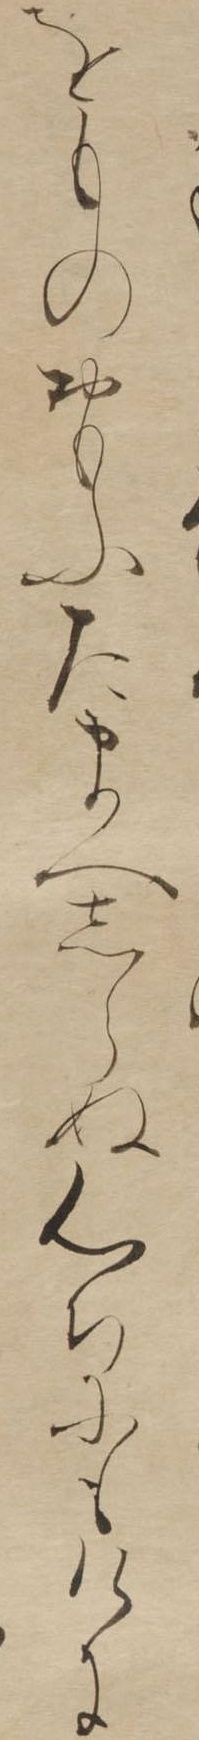
をものおもふたまへしらぬ心ちにもけに